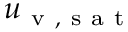
u _ { \mathrm { ~ v ~ , ~ s ~ a ~ t ~ } }